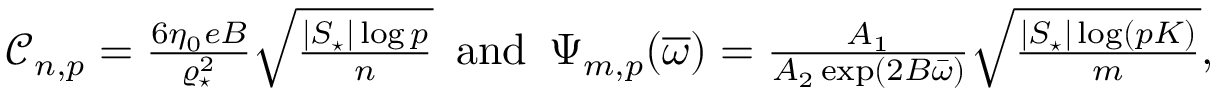
\begin{array} { r } { \mathcal { C } _ { n , p } = \frac { 6 \eta _ { 0 } e B } { \varrho _ { \star } ^ { 2 } } \sqrt { \frac { | { \cal S } _ { \star } | \log p } { n } } \enspace \mathrm { a n d } \enspace \Psi _ { m , p } ( \overline { { \omega } } ) = \frac { { \cal A } _ { 1 } } { { \cal A } _ { 2 } \exp ( 2 B \bar { \omega } ) } \sqrt { \frac { | { \cal S } _ { \star } | \log ( p K ) } { m } } , } \end{array}